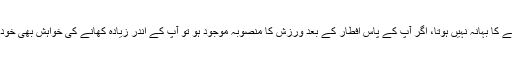
رمضان سست زندگی گزارنے کا بہانہ نہیں ہوتا، اگر آپ کے پاس افطار کے بعد ورزش کا منصوبہ موجود ہو تو آپ کے اندر زیادہ کھانے کی خواہش بھی خودکار طور پر کم ہوجاتی ہے۔